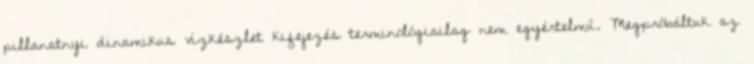
pillanatnyi dinamikus vízkészlet kifejezés terminológiailag nem egyértelmű. Megpróbáltuk az